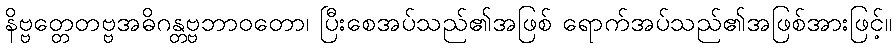
နိဗ္ဗတ္တေတဗ္ဗအဓိဂန္တဗ္ဗဘာဝတော၊ ပြီးစေအပ်သည်၏အဖြစ် ရောက်အပ်သည်၏အဖြစ်အားဖြင့်။